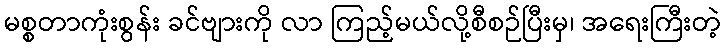
မစ္စတာကုံးစွန်း ခင်ဗျားကို လာ ကြည့်မယ်လို့စီစဉ်ပြီးမှ၊ အရေးကြီးတဲ့